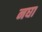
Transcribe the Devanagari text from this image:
नघा